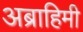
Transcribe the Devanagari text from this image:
अब्राहिमी